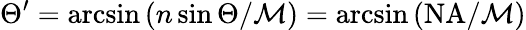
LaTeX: \Theta^{\prime}=\arcsin\left(n\sin\Theta/\mathcal{M}\right)=\arcsin\left(\mathrm{NA}/\mathcal{M}\right)